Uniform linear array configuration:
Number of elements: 64
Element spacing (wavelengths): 1
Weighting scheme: exponential
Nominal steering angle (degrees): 15
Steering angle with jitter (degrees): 16.921
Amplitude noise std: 0.05
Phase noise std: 0.05

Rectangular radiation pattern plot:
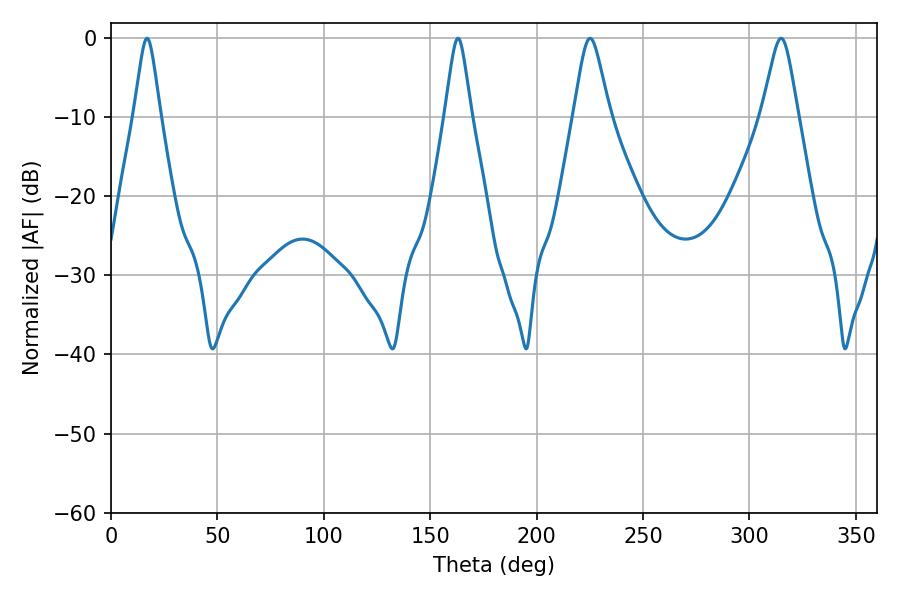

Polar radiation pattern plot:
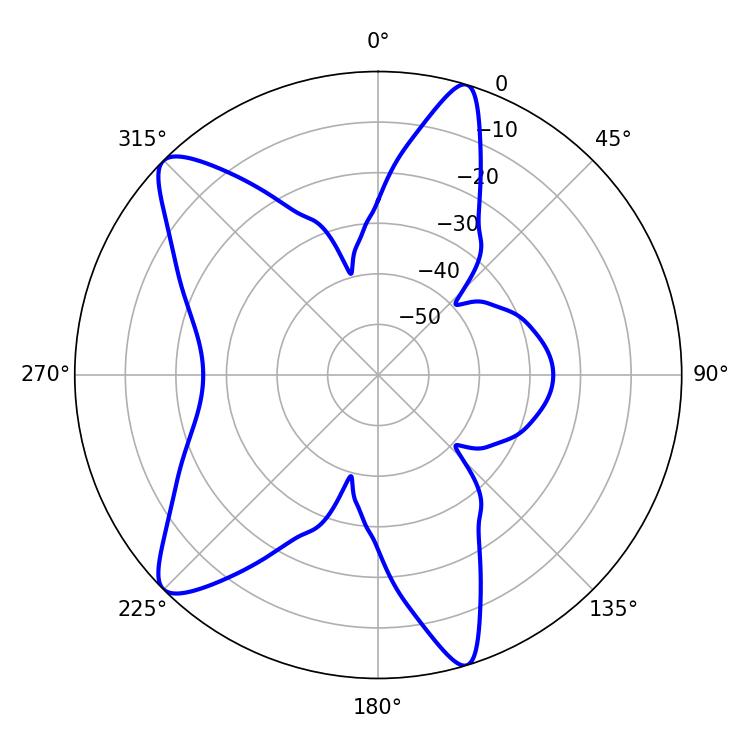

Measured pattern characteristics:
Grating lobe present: TRUE
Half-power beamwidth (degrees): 5.94
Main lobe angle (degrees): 16.92